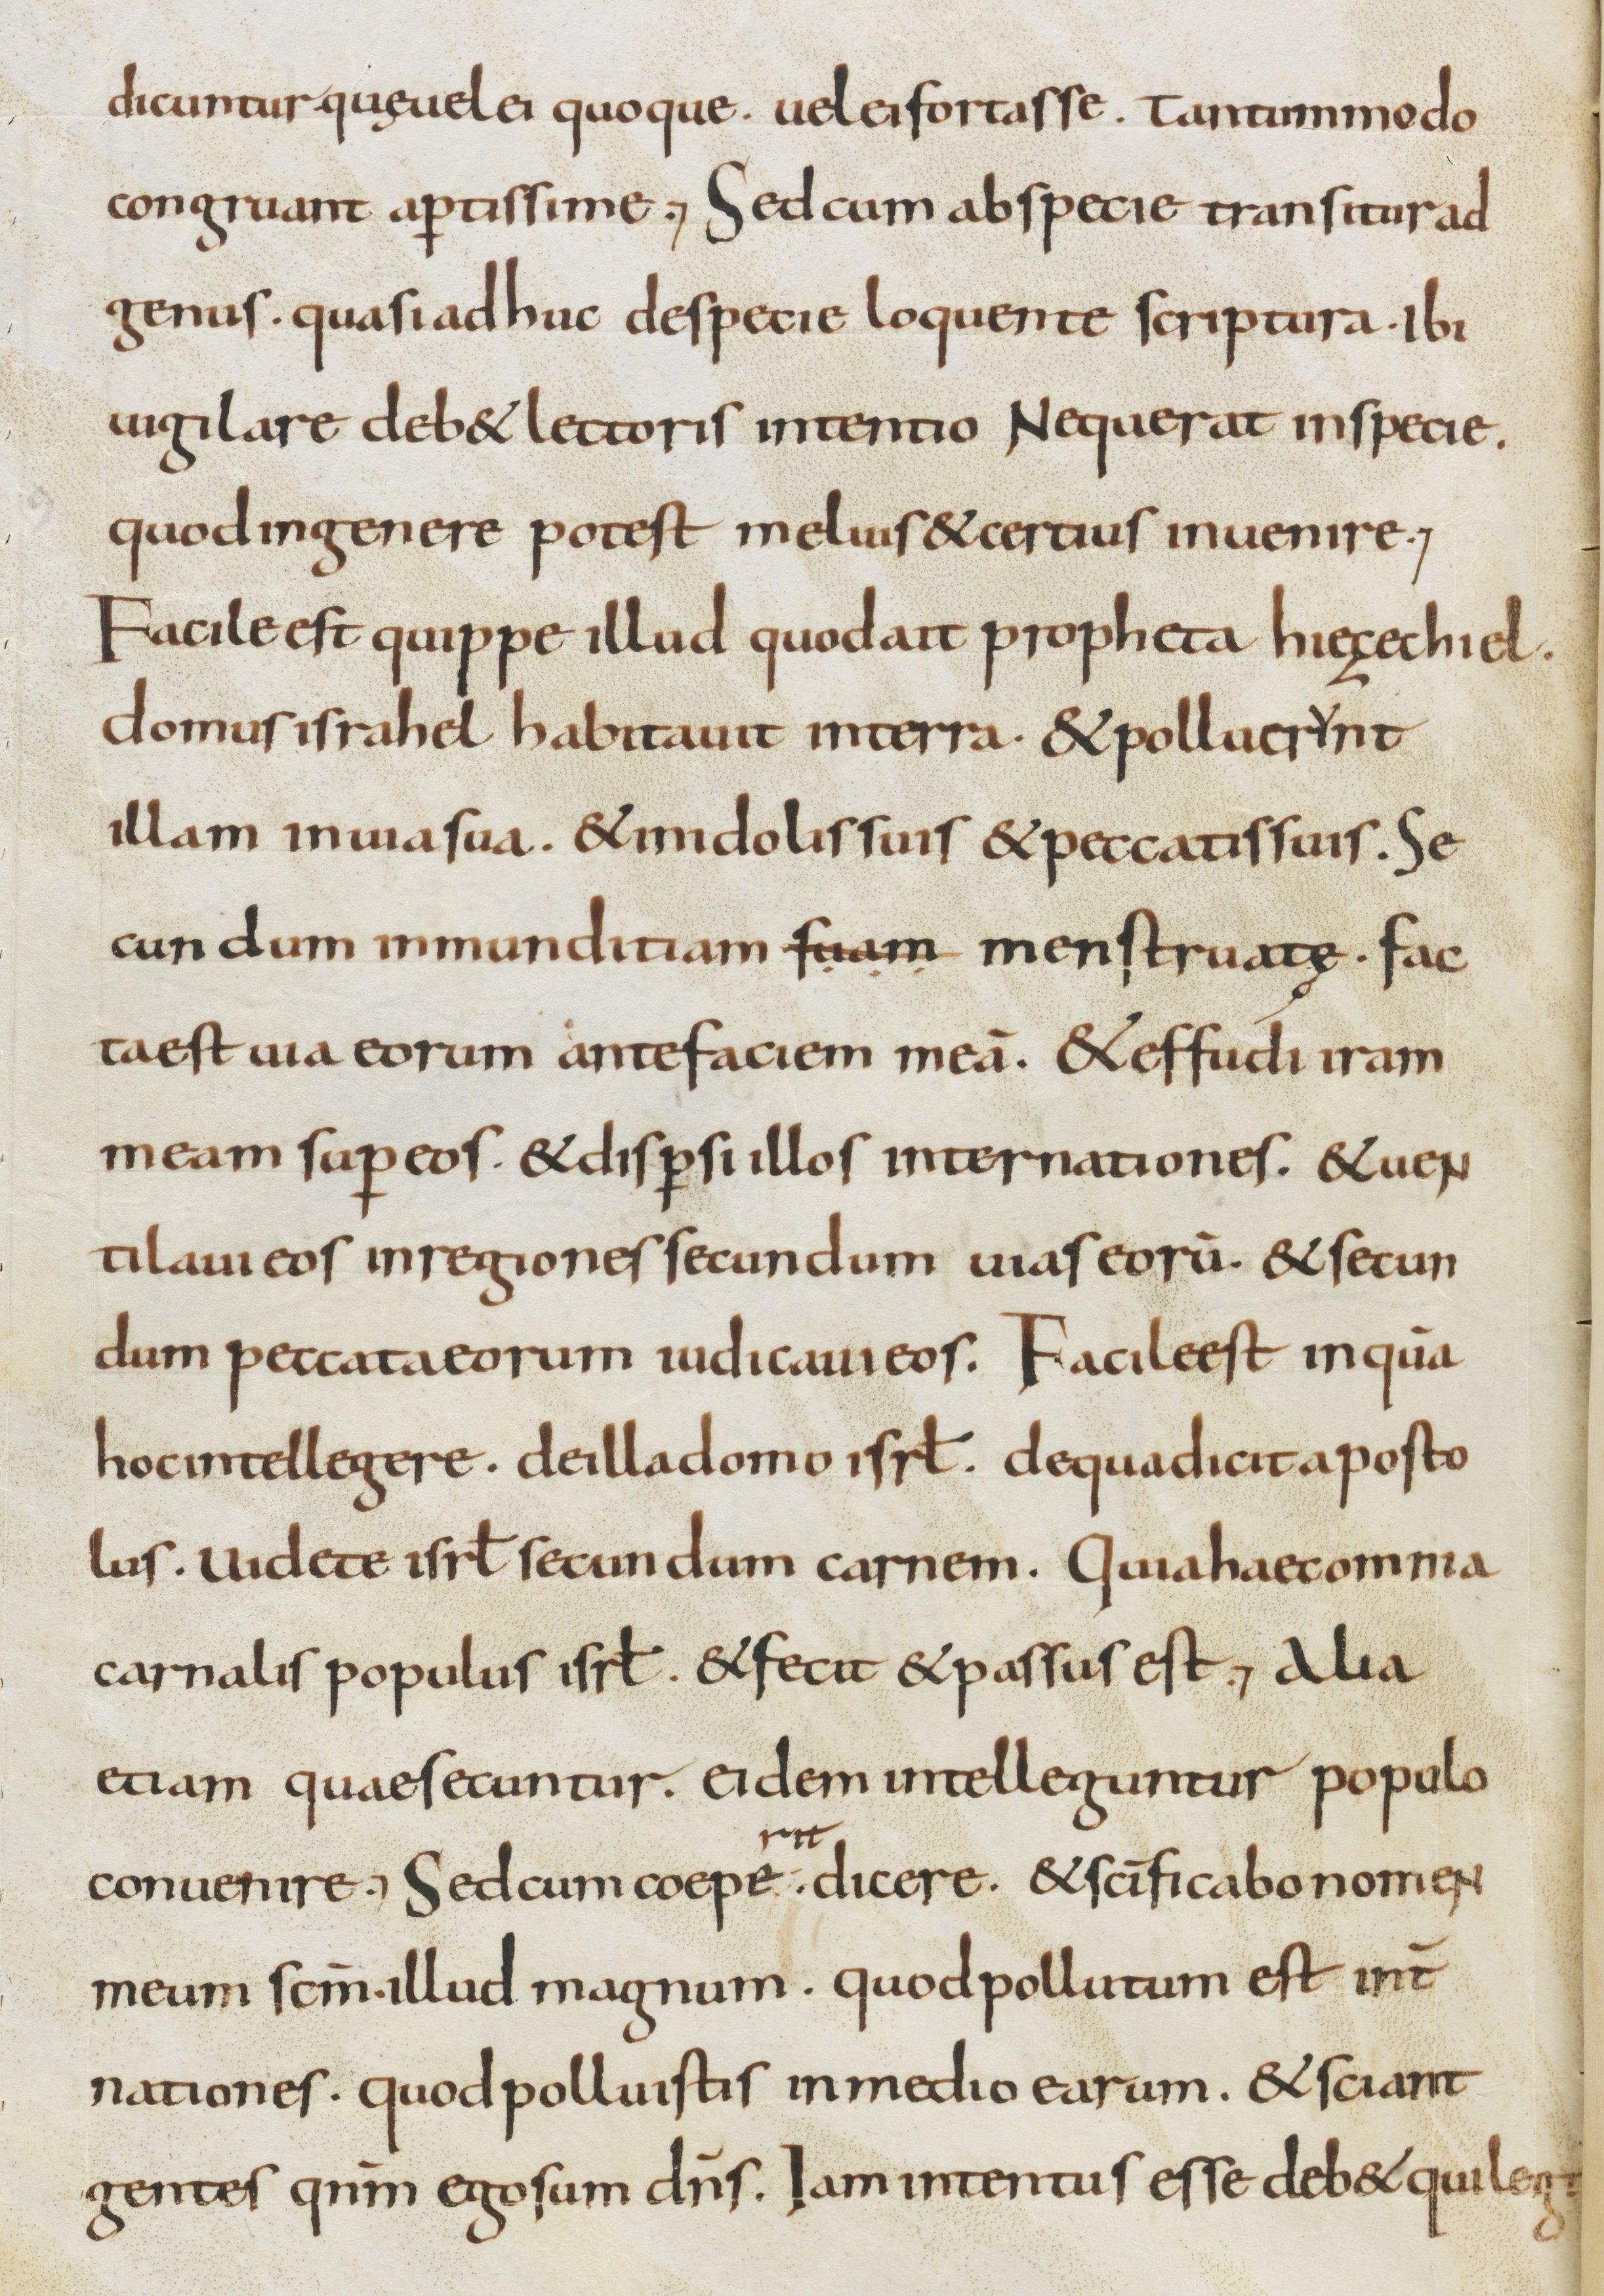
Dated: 800–899